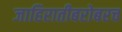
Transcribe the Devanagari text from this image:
जाहिरातीबरोबरच